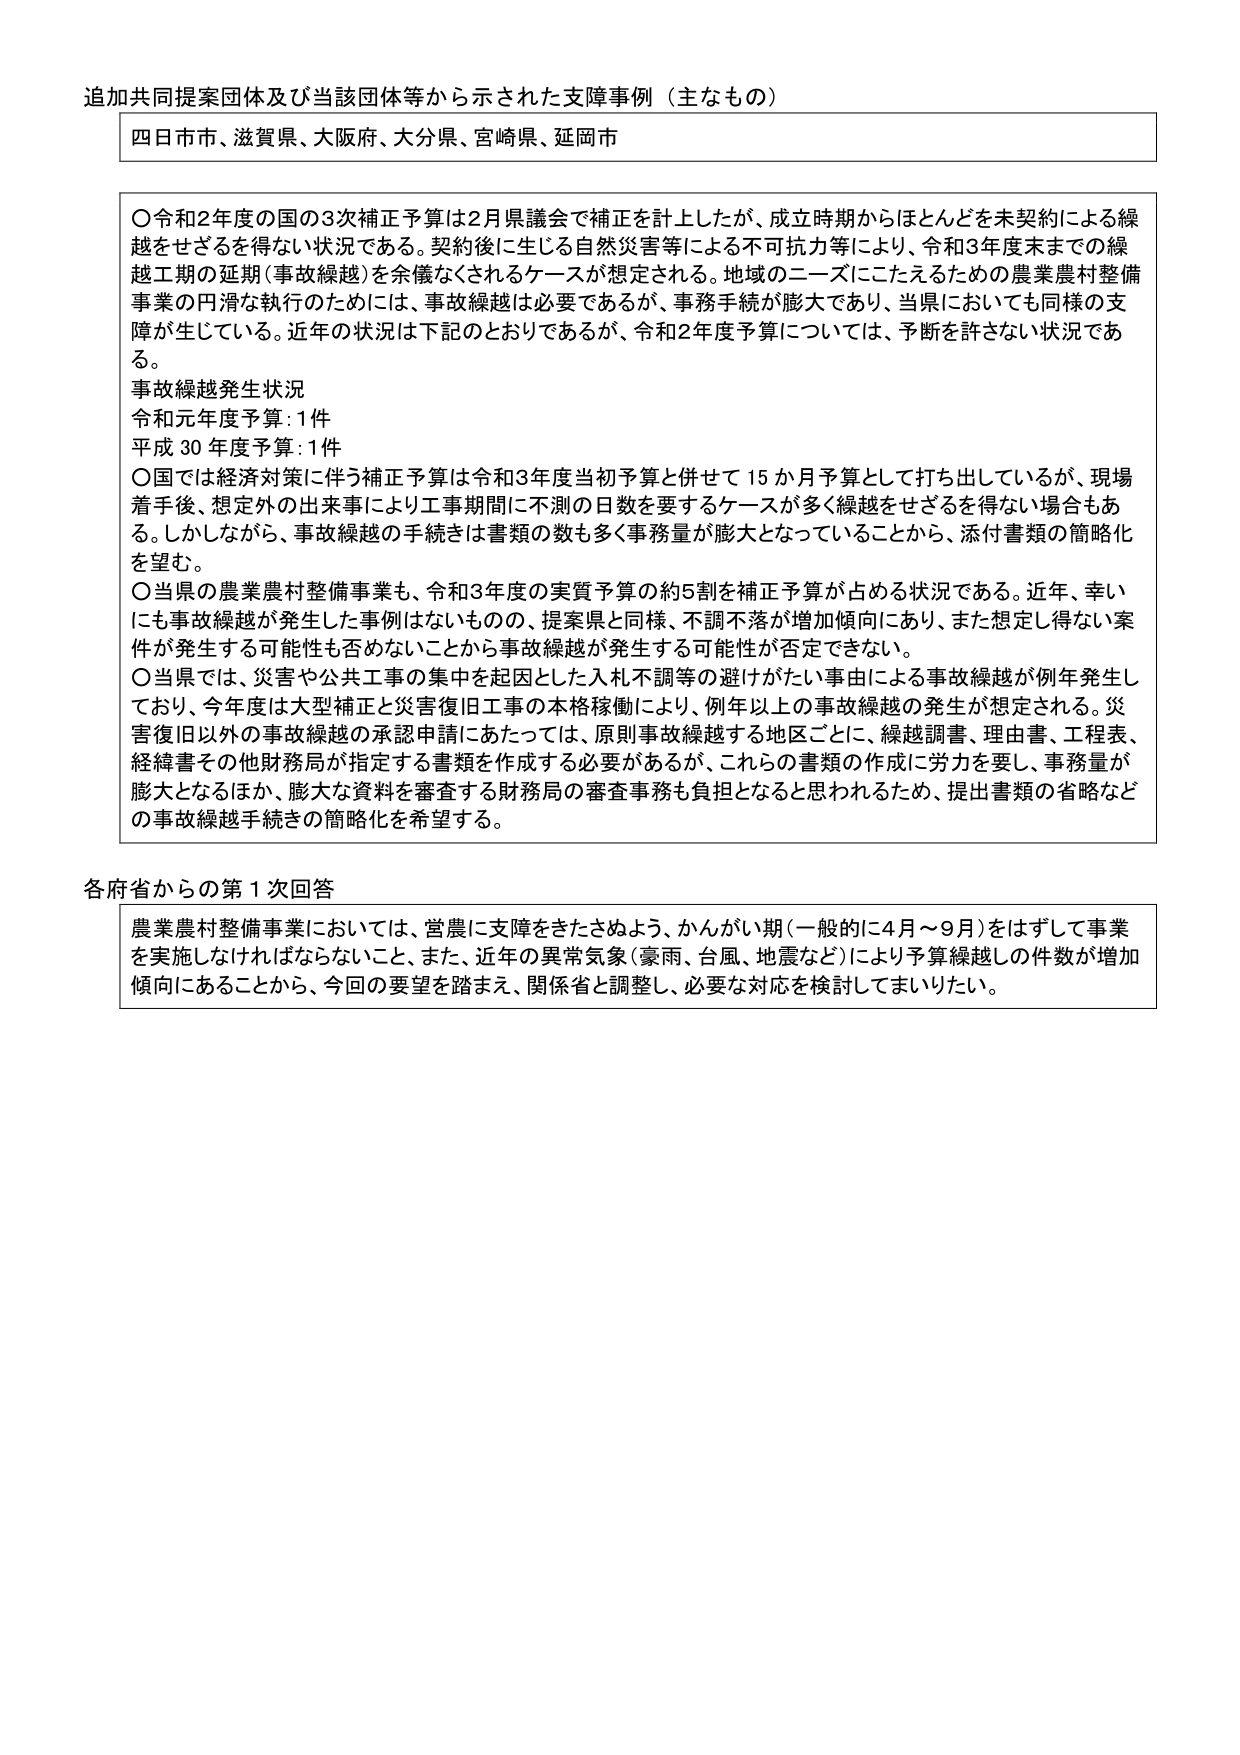
追加共同提案団体及び当該団体等から示された支障事例（主なもの）

四日市市、滋賀県、大阪府、大分県、宮崎県、延岡市

〇令和2年度の国の3次補正予算は2月県議会で補正を計上したが、成立時期からほとんどを未契約による繰越をせざるを得ない状況である。契約後に生じる自然災害等による不可抗力等により、令和3年度末までの繰越工期の延期（事故繰越）を余儀なくされるケースが想定される。地域のニーズにこたえるための農業農村整備事業の円滑な執行のためには、事故繰越は必要であるが、事務手続が膨大であり、当県においても同様の支障が生じている。近年の状況は下記のとおりであるが、令和2年度予算については、予断を許さない状況である。

事故繰越発生状況
令和元年度予算：1件
平成30年度予算：1件

〇国では経済対策に伴う補正予算は令和3年度当初予算と併せて15か月予算として打ち出しているが、現場着手後、想定外の出来事により工事期間に不測の日数を要するケースが多く繰越をせざるを得ない場合もある。しかしながら、事故繰越の手続きは書類の数も多く事務量が膨大となっていることから、添付書類の簡略化を望む。

〇当県の農業農村整備事業も、令和3年度の実質予算の約5割を補正予算が占める状況である。近年、幸いにも事故繰越が発生した事例はないものの、提案県と同様、不調不落が増加傾向にあり、また想定し得ない案件が発生する可能性も否めないことから事故繰越が発生する可能性が否定できない。

〇当県では、災害や公共工事の集中を起因とした入札不調等の避けがたい事由による事故繰越が例年発生しており、今年度は大型補正と災害復旧工事の本格稼働により、例年以上の事故繰越の発生が想定される。災害復旧以外の事故繰越の承認申請にあたっては、原則事故繰越する地区ごとに、繰越調書、理由書、工程表、経緯書その他財務局が指定する書類を作成する必要があるが、これらの書類の作成に労力を要し、事務量が膨大となるほか、膨大な資料を審査する財務局の審査事務も負担となると思われるため、提出書類の省略などの事故繰越手続きの簡略化を希望する。

各府省からの第1次回答

農業農村整備事業においては、営農に支障をきたさぬよう、かんがい期（一般的に4月～9月）をはずして事業を実施しなければならないこと、また、近年の異常気象（豪雨、台風、地震など）により予算繰越しの件数が増加傾向にあることから、今回の要望を踏まえ、関係省と調整し、必要な対応を検討してまいりたい。